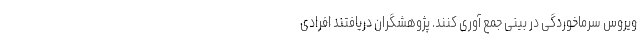
ویروس سرماخوردگی در بینی جمع آوری کنند. پژوهشگران دریافتند افرادی